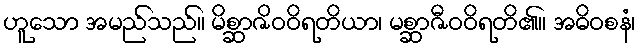
ဟူသော အမည်သည်။ မိစ္ဆာဇိဝဝိရတိယာ၊ မစ္ဆာဇီဝဝိရတိ၏။ အဓိဝစနံ၊